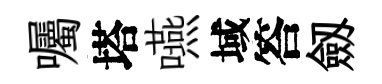
囑塔嚥域答劔